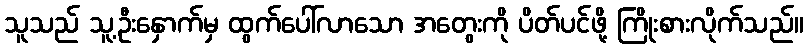
သူသည် သူ့ဦးနှောက်မှ ထွက်ပေါ်လာသော အတွေးကို ပိတ်ပင်ဖို့ ကြိုးစားလိုက်သည်။